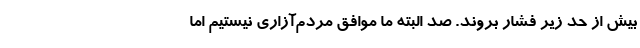
بیش از حد زیر فشار بروند. صد البته ما موافق مردم‌آزاری نیستیم اما